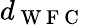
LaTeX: d_{\mathrm{~W~F~C~}}